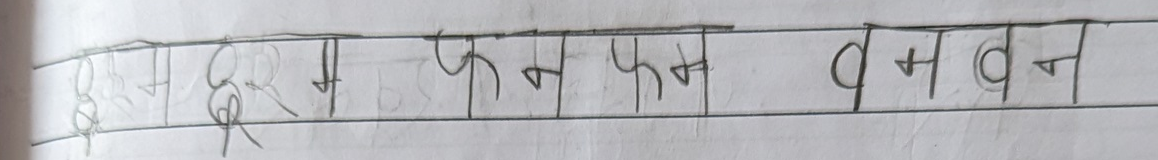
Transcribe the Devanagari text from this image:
बुद्ध फनफम वनदन